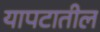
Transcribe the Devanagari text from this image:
यापटातील